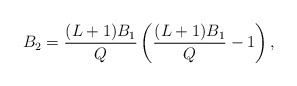
\begin{align*} B_2 = \frac{(L+1)B_1}{Q} \left(\frac{(L+1)B_1}{Q} - 1\right), \end{align*}